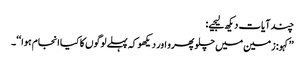
چند آیات دیکھ لیجیے:
’’کہو: زمین میں چلو پھرو اور دیکھو کہ پہلے لوگوں کا کیا انجام ہوا‘‘۔